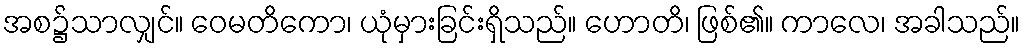
အစ၌သာလျှင်။ ဝေမတိကော၊ ယုံမှားခြင်းရှိသည်။ ဟောတိ၊ ဖြစ်၏။ ကာလေ၊ အခါသည်။